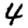
Digit: 4